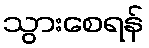
သွားစေရန်